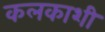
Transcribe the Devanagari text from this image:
कलकाशी